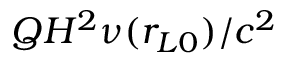
Q H ^ { 2 } \nu ( r _ { L 0 } ) / c ^ { 2 }